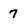
Character: 7